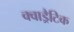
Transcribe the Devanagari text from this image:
क्वाड्रैटिक